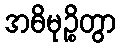
အဓိမုဉ္စိတွာ